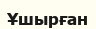
Ұшырған